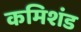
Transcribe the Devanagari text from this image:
कमिशंड